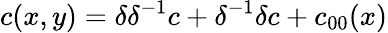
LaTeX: c(x,y)=\delta\delta^{-1}c+\delta^{-1}\delta c+c_{00}(x)